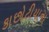
કાછોટીયાના